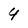
Character: 4